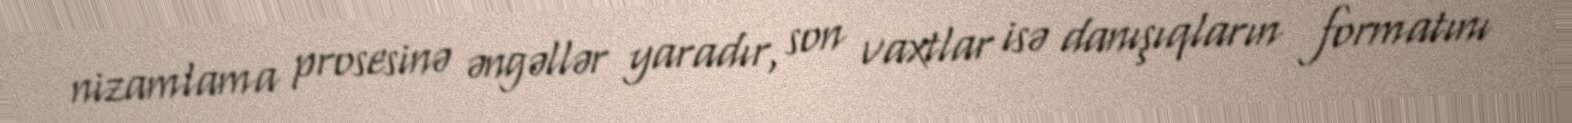
nizamlama prosesinə əngəllər yaradır, son vaxtlar isə danışıqların formatını